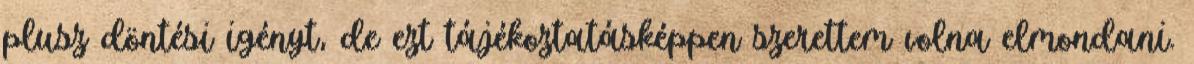
plusz döntési igényt, de ezt tájékoztatásképpen szerettem volna elmondani.